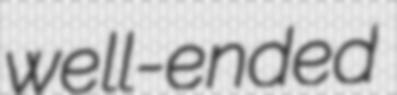
well-ended